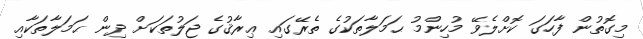
މިގޮތުން ފާހަގަ ކޮށްލެވޭ މުހިންމު ޙަމަލާތަކުގެ ތެރޭގައި ޢިރާޤުގެ ޖަލުތަކަށް ދިން ޙަމަލާތަކާއި